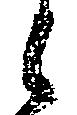
候